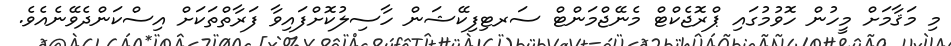
މި މަޤާމަށް މީހުން ހޮވުމުގައި ޕްރޮޖެކްޓް މެނޭޖްމަންޓް ސަރޓިފިކޭޝަން ހާސިލުކޮށްފައިވާ ފަރާތްތަކަށް އިސްކަންދެވޭނެއެވެ.